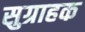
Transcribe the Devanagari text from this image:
सुग्राहक